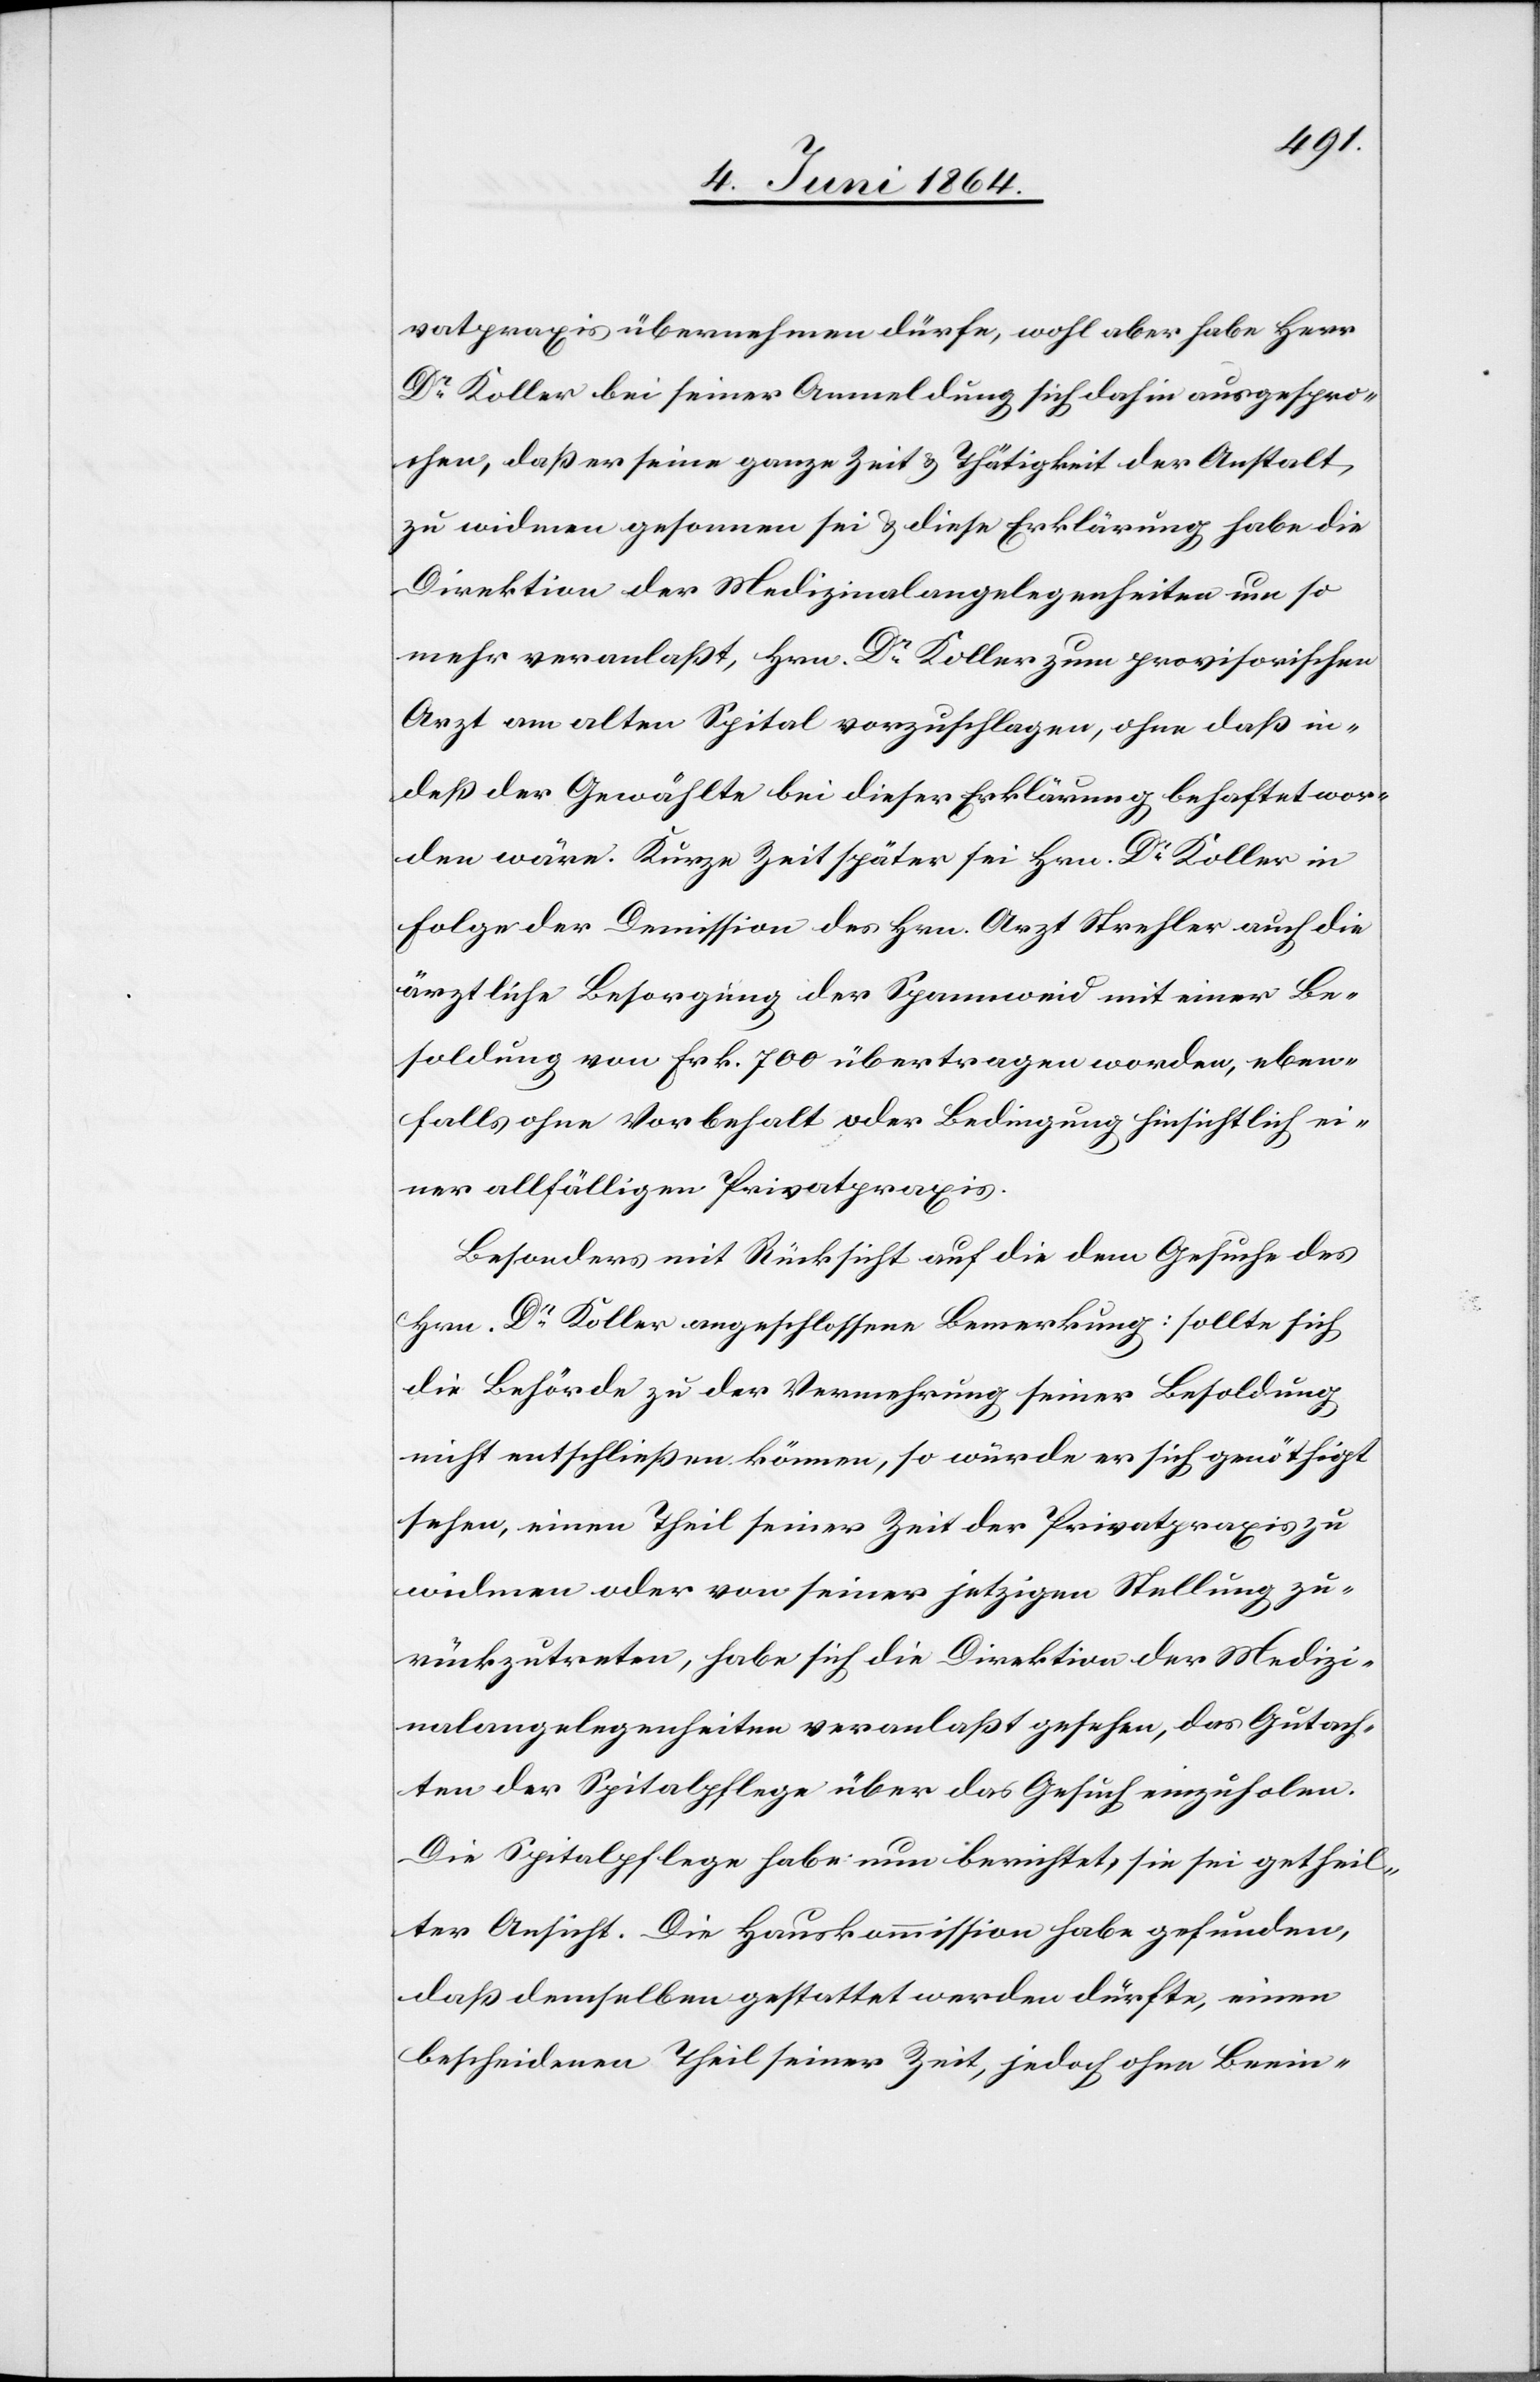
vatpraxis übernehmen dürfe, wohl aber habe Herr
Dr Koller bei seiner Anmeldung sich dahin ausgespro¬
chen, daß er seine ganze Zeit u. Thätigkeit der Anstalt
zu widmen gesonnen sei u. diese Erklärung habe die
Direktion der Medizinalangelegenheiten um so
mehr veranlaßt, Hrn. Dr Koller zum provisorischen
Arzt am alten Spital vorzuschlagen, ohne daß in¬
deß der Gewählte bei dieser Erklärung behaftet wor¬
den wäre. Kurze Zeit später sei Hrn. Dr Koller in
Folge der Demission des Hrn. Arzt Strehler auch die
ärztliche Besorgung der Spannweid mit einer Be¬
soldung von Frk. 700 übertragen worden, eben¬
falls ohne Vorbehalt oder Bedingung hinsichtlich ei¬
ner allfälligen Privatpraxis.
Besonders mit Rücksicht auf die dem Gesuche des
Hrn. Dr Koller angeschlossene Bemerkung: sollte sich
die Behörde zu der Vermehrung seiner Besoldung
nicht entschließen können, so würde er sich genöthigt
sehen, einen Theil seiner Zeit der Privatpraxis zu
widmen oder von seiner jetzigen Stellung zu¬
rückzutreten, habe sich die Direktion der Medizi¬
nalangelegenheiten veranlaßt gesehen, das Gutach¬
ten der Spitalpflege über das Gesuch einzuholen.
Die Spitalpflege habe nun berichtet, sie sei getheil¬
ter Ansicht. Die Hauskommission habe gefunden,
daß demselben gestattet werden dürfte, einen
bescheidenen Theil seiner Zeit, jedoch ohne Beein-